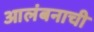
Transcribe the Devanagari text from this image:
आलंबनाची